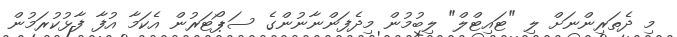
މި ދެތަރިންނަށް ލި "ޓައިޓްލް" ލިބުމުން މިދެފަންނާނުންގެ ސަޕޯޓަރުން އެކަމާ އުފާ ފާޅުކުރަމުން